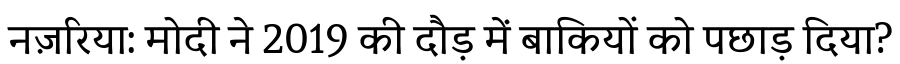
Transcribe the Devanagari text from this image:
नज़रिया: मोदी ने 2019 की दौड़ में बाकियों को पछाड़ दिया?